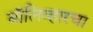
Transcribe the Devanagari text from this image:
बॉलिव्हारचा